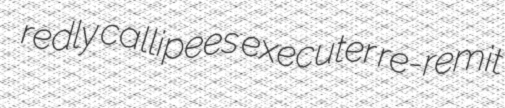
redly callipees executer re-remit